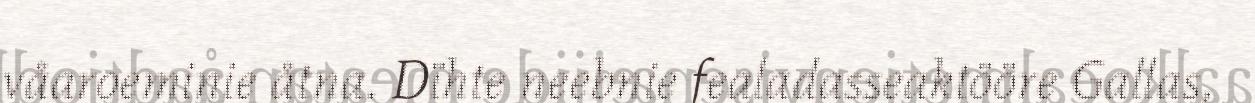
våaroeminie åtna. Dïhte neebnie fealadasseaktööre Gallas,